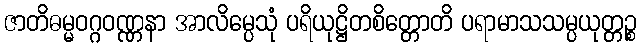
ဇာတိဓမ္မဝဂ္ဂဝဏ္ဏနာ အာလိမ္ပေသုံ ပရိယုဋ္ဌိတစိတ္တောတိ ပရာမာသသမ္ပယုတ္တဉ္စ